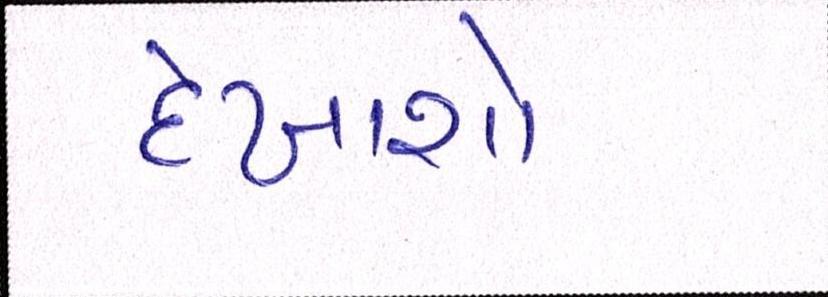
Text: દેખાશો